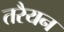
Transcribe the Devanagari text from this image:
तरैयन